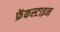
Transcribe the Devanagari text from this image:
फ्रेंकस्टाइन